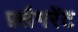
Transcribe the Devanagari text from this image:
फ़्लैगरेंट